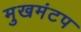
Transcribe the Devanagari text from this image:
मुखमंटप